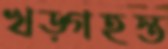
খড়্গহস্ত